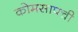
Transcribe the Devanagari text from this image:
कोमसापची